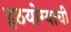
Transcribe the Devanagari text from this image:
हठयोग्यांची